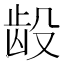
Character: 𲎧